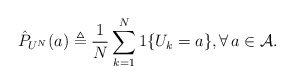
\begin{align*}\hat{P}_{U^N}(a) \triangleq \frac{1}{N} \sum_{k=1}^N 1\{U_k=a\}, \forall \, a \in \mathcal{A}.\end{align*}